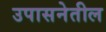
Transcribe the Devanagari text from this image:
उपासनेतील